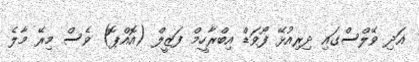
އަދި ވޭލްސްގައި ދިރިއުޅޭ ފޯވަޑް އިބްރާހީމް ފަޒީލް (އޮއްޕޮ) ވެސް މިރޭ މާލެ